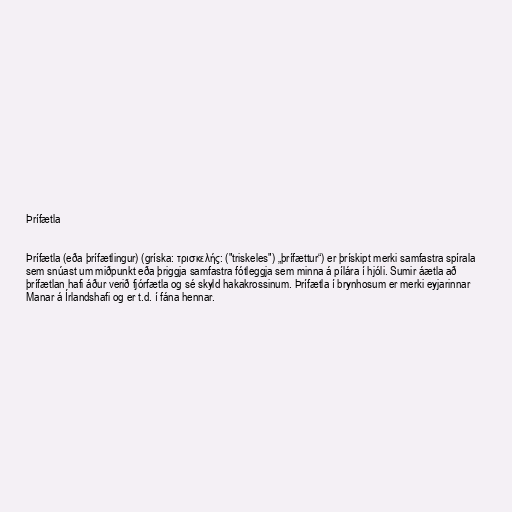
Þrífætla

Þrífætla (eða þrífætlingur) (gríska: τρισκελής: ("triskeles") „þrífættur“) er þrískipt merki samfastra spírala
sem snúast um miðpunkt eða þriggja samfastra fótleggja sem minna á pílára í hjóli. Sumir áætla að
þrífætlan hafi áður verið fjórfætla og sé skyld hakakrossinum. Þrífætla í brynhosum er merki eyjarinnar
Manar á Írlandshafi og er t.d. í fána hennar.